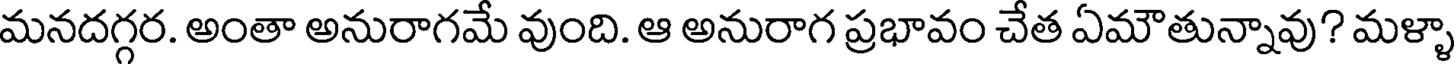
మనదగ్గర. అంతా అనురాగమే వుంది. ఆ అనురాగ ప్రభావం చేత ఏమౌతున్నావు? మళ్ళా